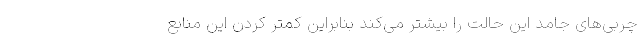
چربی‌های جامد این حالت را بیشتر می‌کند بنابراین کمتر کردن این منابع